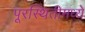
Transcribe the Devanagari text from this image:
पूरस्थितीमध्ये